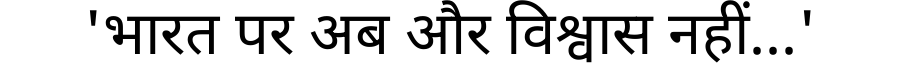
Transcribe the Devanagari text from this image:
'भारत पर अब और विश्वास नहीं...'